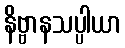
နိဗ္ဗာနသပ္ပါယာ